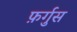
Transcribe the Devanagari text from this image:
फ़र्गुस